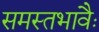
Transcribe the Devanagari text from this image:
समस्तभावैः